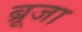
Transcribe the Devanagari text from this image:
ब्रूजा